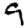
Digit: 9